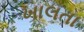
ખાલતા